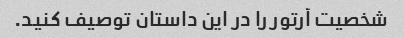
شخصیت آرتور را در این داستان توصیف کنید.